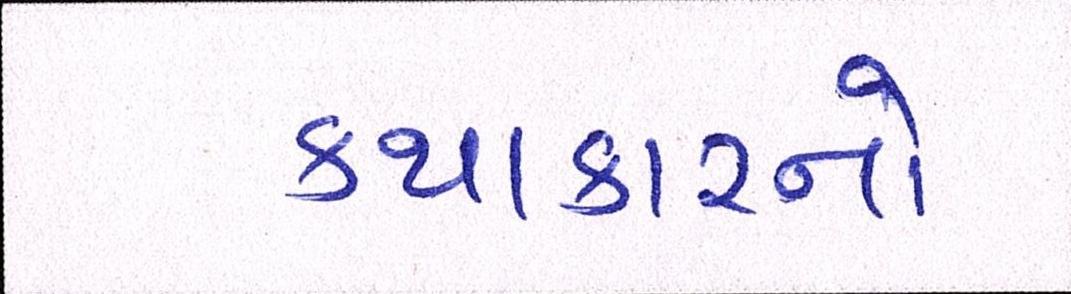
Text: કથાકારનો